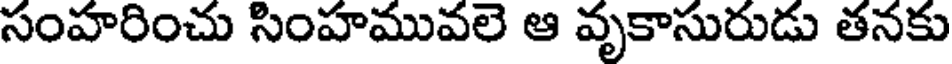
సంహరించు సింహమువలె ఆ వృకాసురుడు తనకు